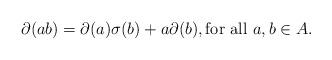
LaTeX: \begin{align*}\partial(ab) = \partial(a)\sigma(b) + a\partial(b), \mbox{for all $a,b\in A$.}\end{align*}